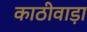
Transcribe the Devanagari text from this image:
काठीवाड़ा